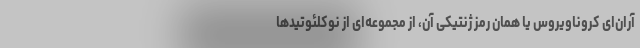
آران‌ای کروناویروس یا همان رمز ژنتیکی آن، از مجموعه‌ای از نوکلئوتیدها